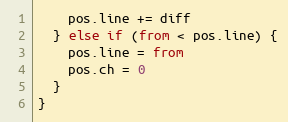
Language: JavaScript
    pos.line += diff
  } else if (from < pos.line) {
    pos.line = from
    pos.ch = 0
  }
}